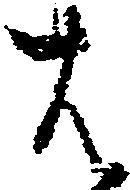
は